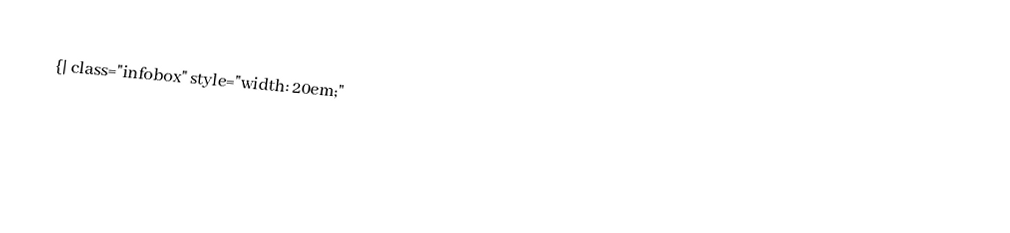
{| class="infobox" style="width: 20em;"